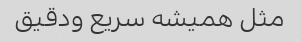
مثل همیشه سریع ودقیق